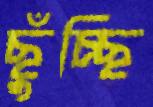
ছুঁচ্ছি